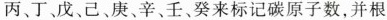
丙、丁、戊、己、庚、辛、壬、癸来标记碳原子数，并根